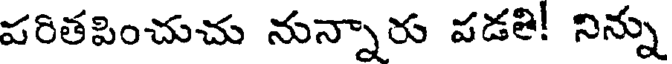
పరితపించుచు నున్నారు పడతి! నిన్ను